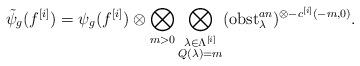
LaTeX: \begin{align*}\tilde{\psi}_g(f^{[i]}) =\psi_g(f^{[i]}) \otimes \bigotimes_{ m>0 } \bigotimes_{ \substack{ \lambda \in \Lambda^{[i]} \\ Q(\lambda)=m } } ( \mathrm{obst}^{an}_\lambda)^{ \otimes -c^{[i]}(-m,0)} .\end{align*}